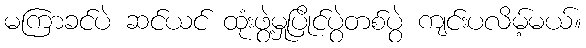
မကြာခင်ပဲ ဆင်ယင် ထုံးဖွဲ့မှုပြိုင်ပွဲတစ်ပွဲ ကျင်းပလိမ့်မယ်။